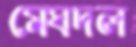
মেঘদল